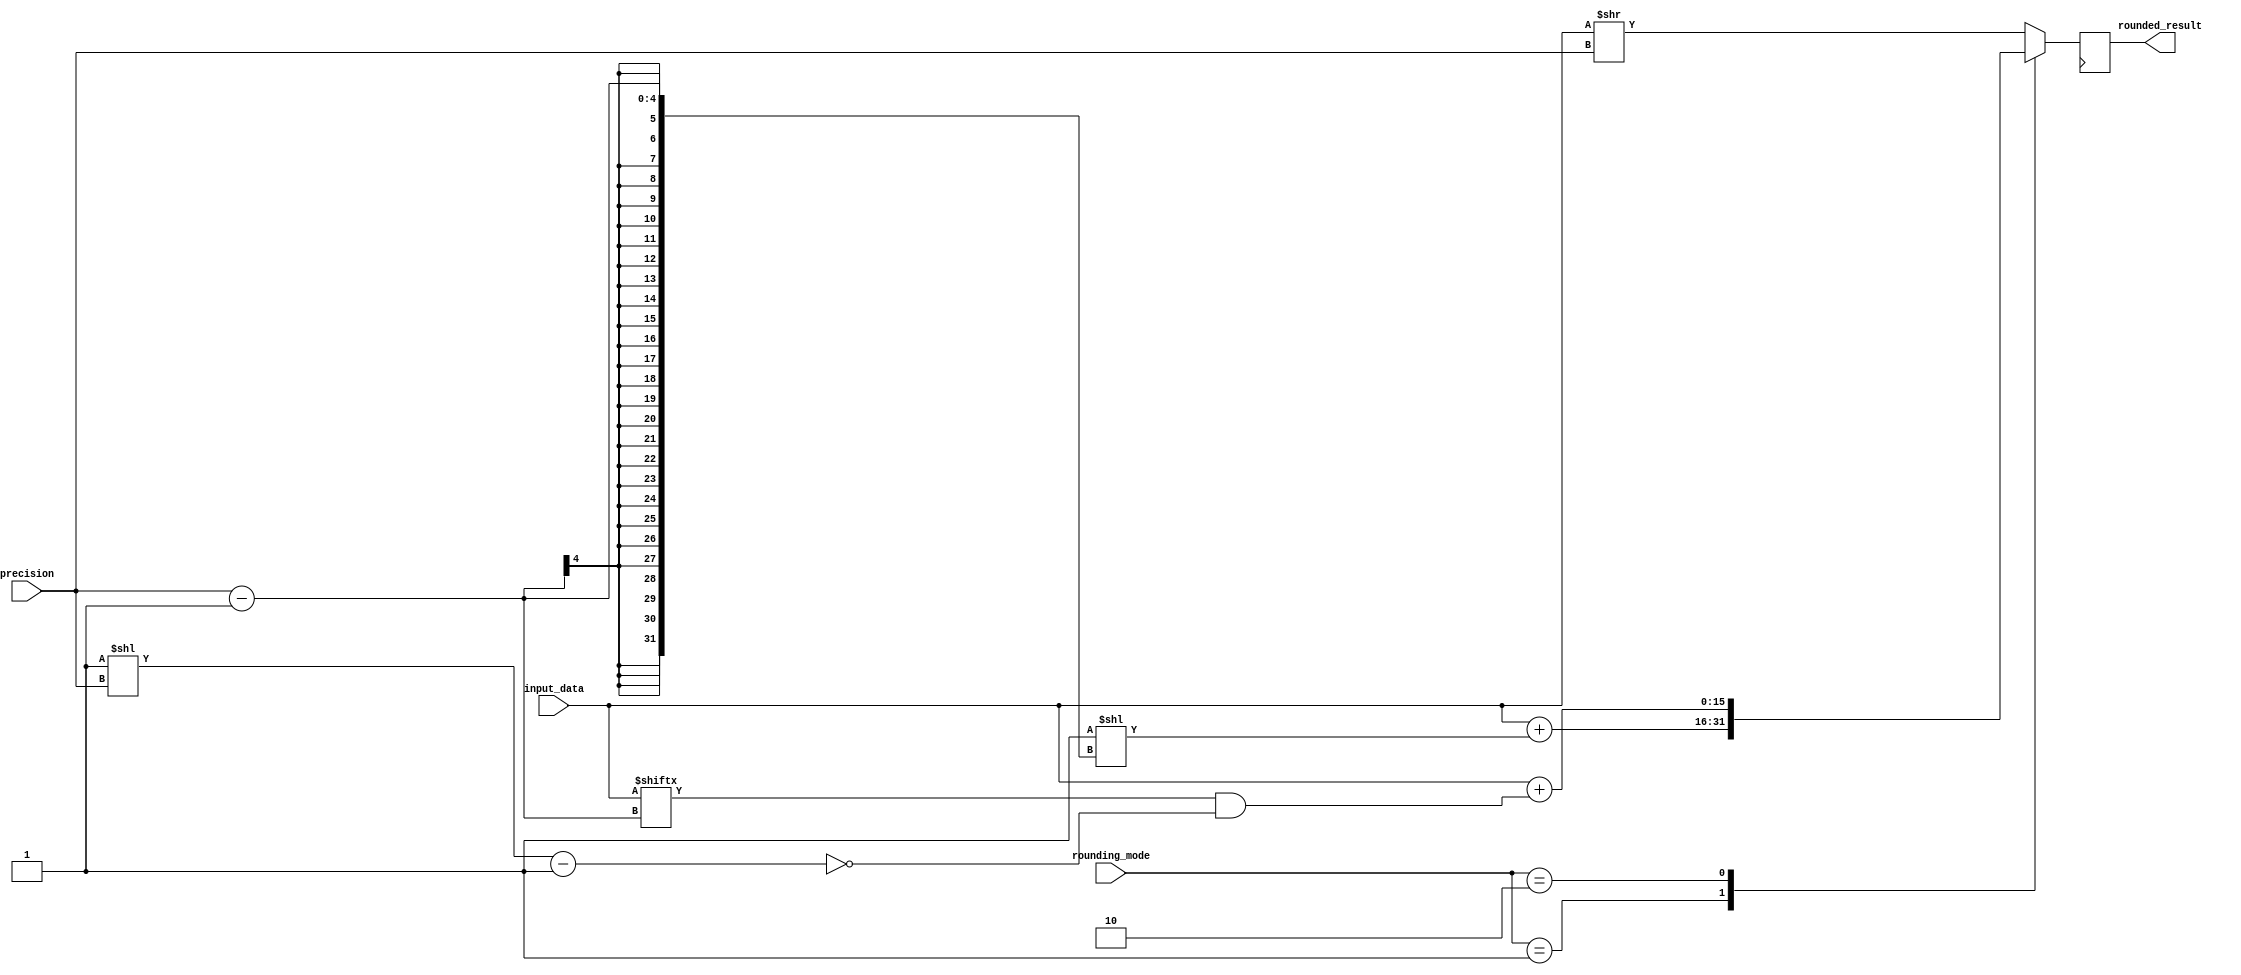
module fixed_point_rounding_unit (
    input [15:0] input_data,
    input [7:0] rounding_mode,
    input [3:0] precision,
    output reg [15:0] rounded_result
);

reg [15:0] result;

// Fixed-point arithmetic operations
always @* begin
    case(rounding_mode)
        4'b0000: result = input_data >> precision; // Truncate
        4'b0001: result = input_data + (1 << (precision - 1)); // Round to nearest
        4'b0010: result = input_data + (input_data[precision - 1] & ~((1 << precision) - 1)); // Round towards zero
        // Add more rounding modes as needed
        default: result = input_data >> precision; // Default to truncate
    endcase
end

// Output the rounded result
always @(posedge clk) begin
    rounded_result <= result;
end

endmodule